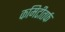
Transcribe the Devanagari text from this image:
कमिटीतर्फ